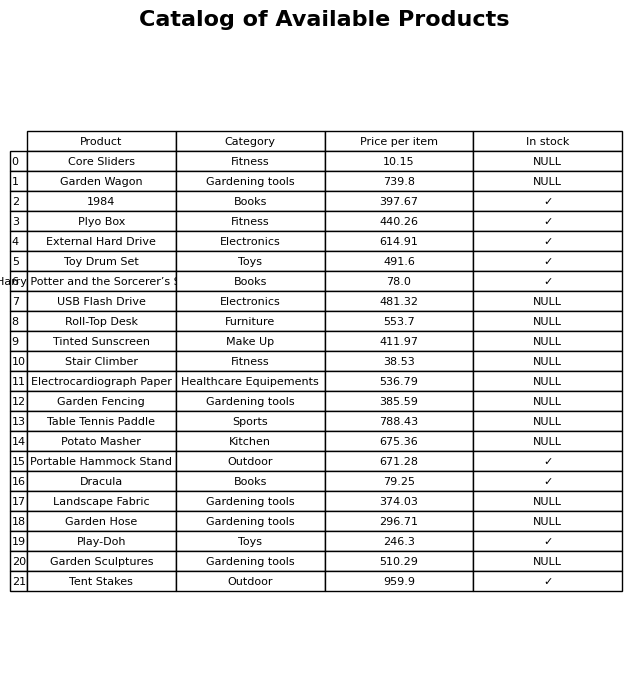
question: What is the price of the Garden Sculptures?
answer: The price of Garden Sculptures is 510.29.